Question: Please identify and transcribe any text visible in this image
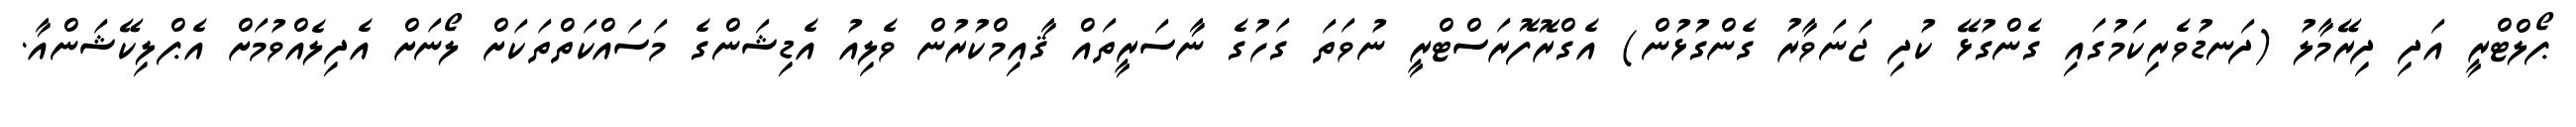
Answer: ޕޯލްޓްރީ އަދި ދިރޭމާލު (ދަނޑުވެރިކަމުގައި ގެންގުޅޭ ކުދި ޖަނަވާރު ގެންގުޅުން) އެގްރޮފޮރަސްޓްރީ ނުވަތަ ގަހުގެ ނާސަރީތައް ޤާއިމްކުރުން ވެލިއު އެޑިޝަންގެ މަސައްކަތްތަކަށް ލޯނަށް އެދިލެއްވުމަށް އެޕްލިކޭޝަންއާ.